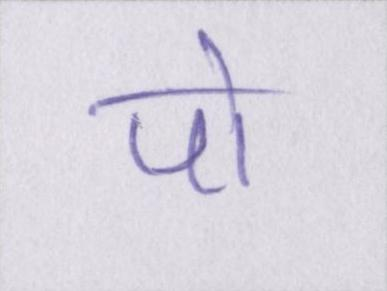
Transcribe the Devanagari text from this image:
पो